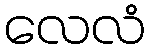
လေလံ